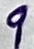
Text: 9